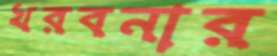
খরবনার